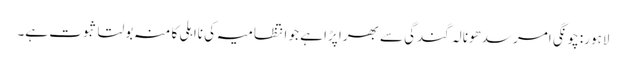
لاہور: چونگی امرسدھونالہ گندگی سے بھرا پڑا ہے جو انتظامیہ کی نااہلی کا منہ بولتا ثبوت ہے۔